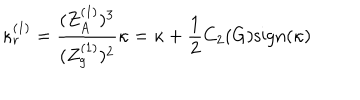
LaTeX: \kappa _ { r } ^ { ( 1 ) } = \frac { ( Z _ { A } ^ { ( 1 ) } ) ^ { 3 } } { ( Z _ { g } ^ { ( 1 ) } ) ^ { 2 } } \kappa = \kappa + \frac { 1 } { 2 } C _ { 2 } ( G ) \mathrm { s i g n } ( \kappa )